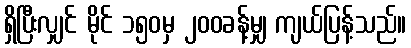
ရှိပြီးလျှင် မိုင် ၁၅၀မှ ၂၀၀ခန့်မျှ ကျယ်ပြန့်သည်။